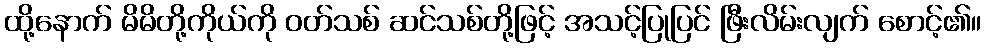
ထို့နောက် မိမိတို့ကိုယ်ကို ဝတ်သစ် ဆင်သစ်တို့ဖြင့် အသင့်ပြုပြင် ဖြီးလိမ်းလျက် စောင့်၏။